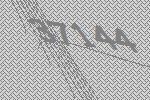
37144